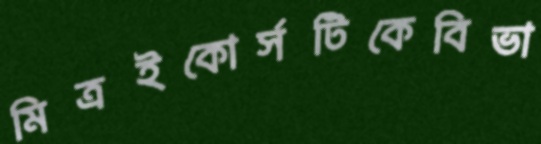
মিত্রইকোর্সটিকেবিভা